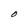
Character: O